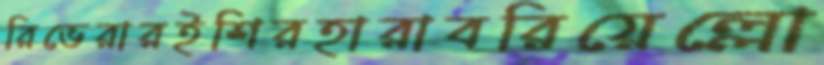
রিভেরারইশিরহারাবরিয়েল্লো